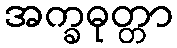
အက္ခဓုတ္တာ